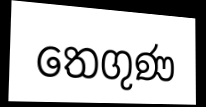
තෙගුණ